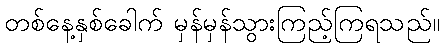
တစ်နေ့နှစ်ခေါက် မှန်မှန်သွားကြည့်ကြရသည်။